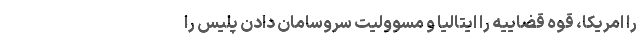
را امريكا، قوه قضاييه را ايتاليا و مسووليت سروسامان دادن پليس را